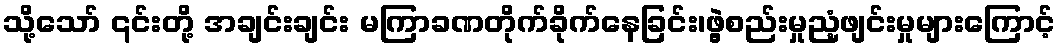
သို့သော် ၎င်းတို့ အချင်းချင်း မကြာခဏတိုက်ခိုက်နေခြင်း၊ဖွဲ့စည်းမှုညံ့ဖျင်းမှုများကြောင့်